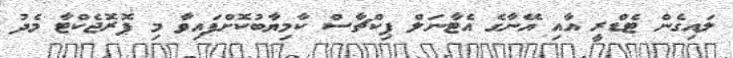
ލައިގެން ޓެޑްރީ އާއި އޭނާގެ އެޓާނަލް ޕިކްޗާސް ކާމިޔާބުކޮށްފައިވާ މި ޕޮރޮޖެކްޓާ މެދު